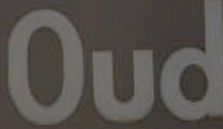
Oud